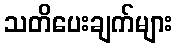
သတိပေးချက်များ